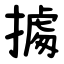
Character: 㩀